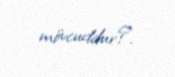
mövcuddur?.